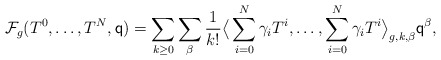
\begin{align*} \mathcal{F}_g(T^0,\dots,T^{N},\mathsf{q})=\sum_{k\geq 0} \sum_{\beta} \frac{1}{k!}\big\langle \sum_{i=0}^N \gamma_i T^i,\dots,\sum_{i=0}^N \gamma_i T^i\big\rangle_{g,k,\beta} \mathsf{q}^{\beta}, \end{align*}